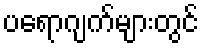
ပရောဂျက်များတွင်